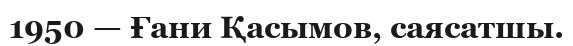
1950 — Ғани Қасымов, саясатшы.